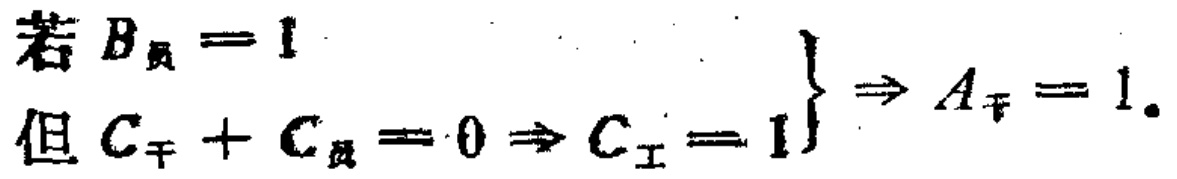
若 \(B_{员}=1\)

但 \(C_{干}+C_{员}=0\Rightarrow C_{工}=1\) \(\Rightarrow A_{干}=1\).